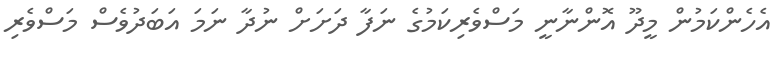
އެހެންކަމުން މީދޫ އޮންނާނީ މަސްވެރިކަމުގެ ނަފާ ދަށަށް ނުދާ ނަމަ އަބަދުވެސް މަސްވެރި